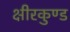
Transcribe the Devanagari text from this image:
क्षीरकुण्ड